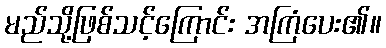
မည်သို့ဖြစ်သင့်ကြောင်း အကြံပေး၏။